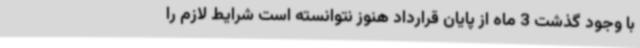
با وجود گذشت 3 ماه از پایان قرارداد هنوز نتوانسته است شرایط لازم را